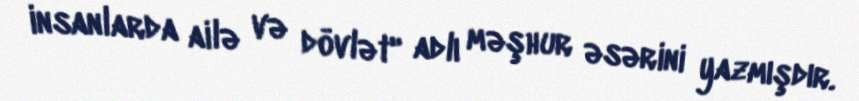
insanlarda ailə və dövlət" adlı məşhur əsərini yazmışdır.